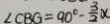
\angle C B G = 9 0 ^ { \circ } - \frac { 3 } { 2 } x